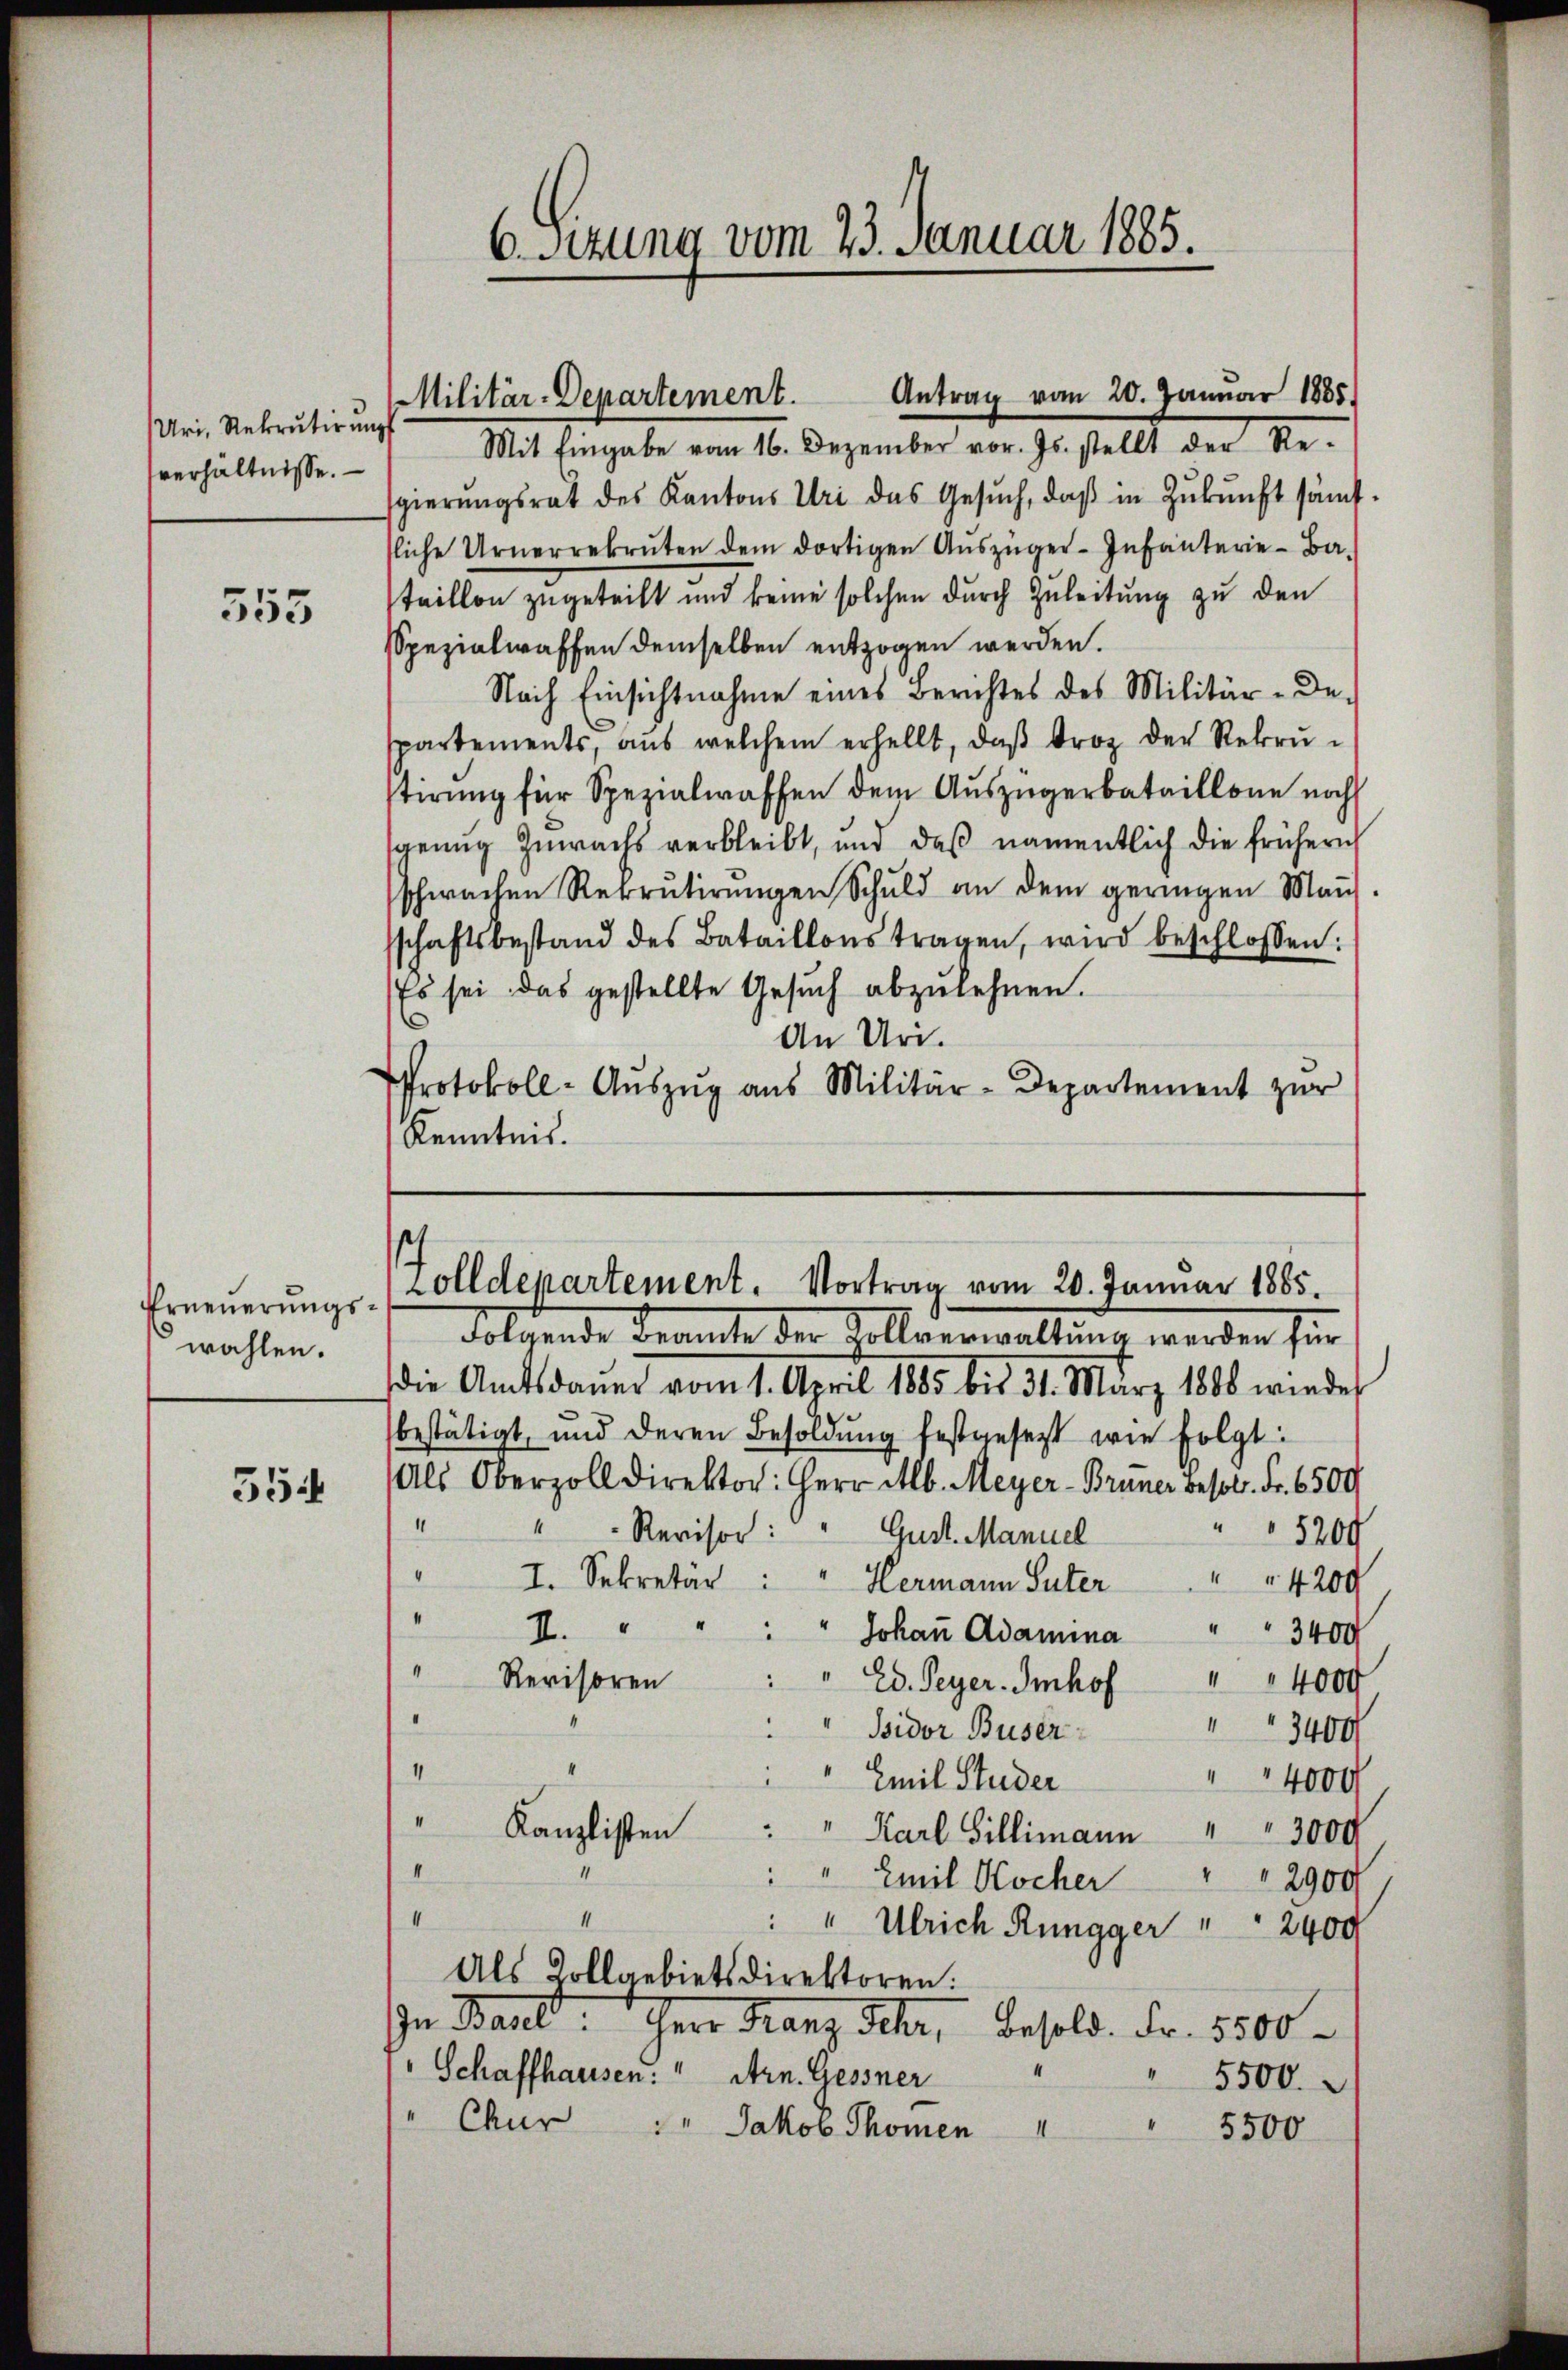
Uri, Rekrutirung
verhältnisse.

555

Erneuerungswahlen.

554

Antrag vom 20. Januar 1865.
Militär-Departement.
Mit Eingabe vom 16. Dezember vor. Js. stellt der Re-

6. Sitzung vom 23. Januar 1885.

gierungsrat des Kantons Uri das Gesŭch, daß in Zukunft sämtliche Urnerrekruten dem dortigen Aŭszüger-Infanterie-Ba-
taillon zugeteilt und keine solchen durch Zuleitung zu den
Spezialwaffen demselben entzogen werden.
Nach Einsichtnahme eines Berichtes des Militär-Despartements, aus welchem erhellt, daβ Froz der Rekrustirung für Spezialwaffen dem Auszügerbataillone noch
sgenug Zuwachs verbleibt, und daβ namentlich die frühern
schwachen Rekrutirŭngen Schuld an dem geringen Man-
schaftsbestand des Bataillons tragen, wird beschlossen:
Es sei das gestellte Gesŭch abzulehnen.
¬
An Uri.
Protokoll- Aŭszŭg aŭs Militär-Departement zŭr
Kenntnis.

Golldepartement. Vortrag vom 20. Januar 1885.
Folgende Beamte der Kollverwaltung werden für

die Amtsdauer vom 1. April 1885 bis 31. März 1888 wieder
bestätigt, und deren Besoldŭng festgesezt wie folgt:
Als Oberzoll direktor: Herr Alb. Meyer-Bruner besol. Fr. 6500
1
Revisor: " Gust. Manuel
5209
“
I
I. Sekretär: " Hermann Suter
 4200
I
“
I.
" " Johaṅ Adamina " " 3400
4
Revisoren
" Ed. Peyer. Imhof
" 4000
“
3400
Bidor Buser
II
4000
Emil Studer
I
Kanzlisten
" Karl Gillimann " " 3000
II
de
" Emil Kocher " " 2900
I
" Ulrich Ringger " " 2400
Als Zollgebietsdirektoren.
In Baul, Herr Franz sehr, Besold. Fr. 5500.
Schaffhausen. " Arn. Gessner
 5500.
Chur 1. Jakob Thomen "
5500